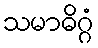
သမာဓိဂ္ဂံ